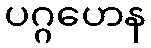
ပဂ္ဂဟေန